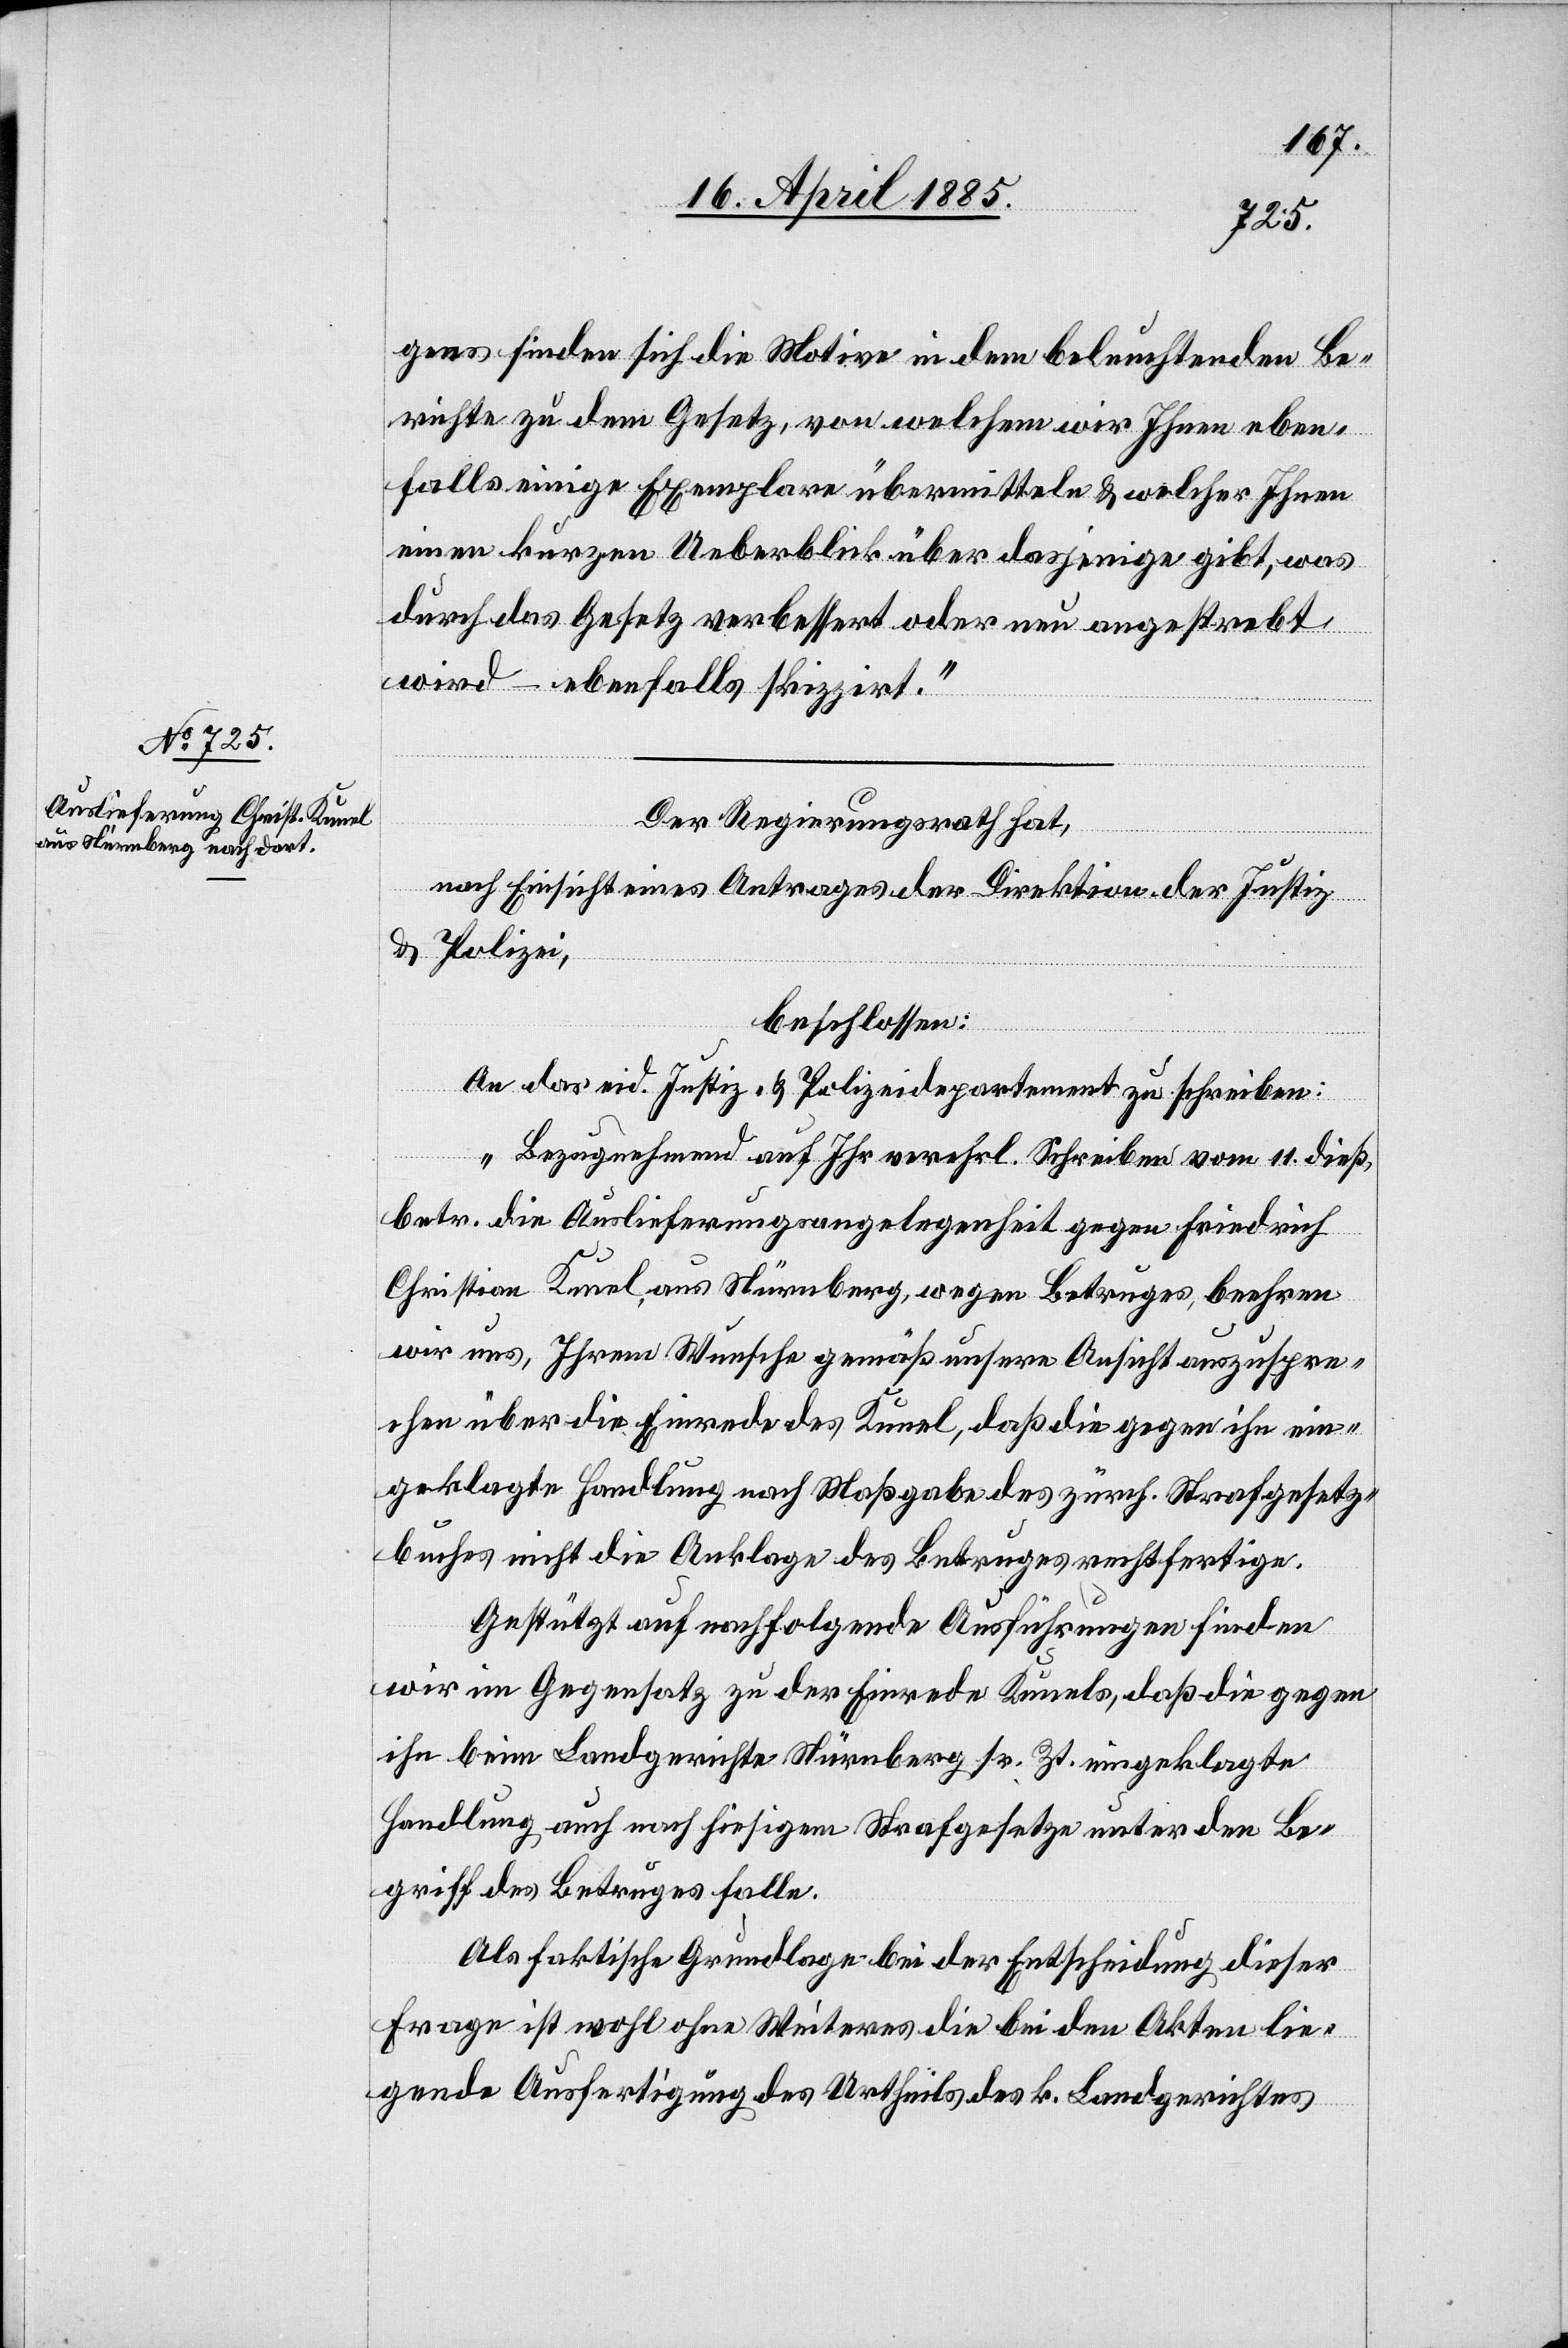
gens finden sich die Motive in dem beleuchtenden Be¬
richte zu dem Gesetz, von welchem wir Ihnen eben¬
falls einige Exemplare übermitteln & welcher Ihnen
einen kurzen Ueberblick über dasjenige gibt, was
durch das Gesetz verbessert oder neu angestrebt
wird – ebenfalls skizzirt.“
Der Regierungsrath hat,
nach Einsicht eines Antrages der Direktion der Justiz
& Polizei,
beschlossen:
An das eid. Justiz- & Polizeidepartement zu schreiben:
„Bezugnehmend auf Ihr verehrl. Schreiben vom 11. dieß,
betr. die Auslieferungsangelegenheit gegen Friedrich
Christian Kunel, aus Nürnberg, wegen Betruges, beehren
wir uns, Ihrem Wunsche gemäß unsere Ansicht auszuspre¬
chen über die Einrede des Kunel, daß die gegen ihn ein¬
geklagte Handlung nach Maßgabe des zürch. Strafgesetz¬
buches nicht die Anklage des Betruges rechtfertige.
Gestützt auf nachfolgende Ausführungen finden
wir im Gegensatz zu der Einrede Kunels, daß die gegen
ihn beim Landgerichte Nürnberg sr. Zt. eingeklagte
Handlung auch nach hiesigem Strafgesetze unter den Be¬
griff des Betruges falle.
Als faktische Grundlage bei der Entscheidung dieser
Frage ist wohl ohne Weiteres die bei den Akten lie¬
gende Ausfertigung des Urtheils des k. Landgerichtes